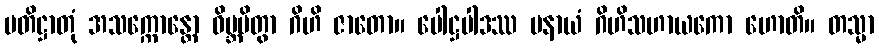
ပတိဋ္ဌာတုံ အသက္ကောန္တော ဝိဗ္ဘမိတွာ ဂိဟိ ဇာတော။ ပေါဋ္ဌပါဒဿ ပနာယံ ဂိဟိသဟာယကော ဟောတိ။ တသ္မာ